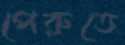
পেরুতে